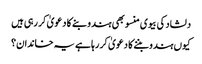
دلشاد کی بیوی منسو بھی ہندو بنے کا دعویٰ کر رہی ہیں
کیوں ہندو بننے کا دعویٰ کر رہا ہے یہ خاندان؟